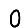
Digit: 0